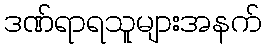
ဒဏ်ရာရသူများအနက်